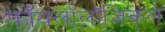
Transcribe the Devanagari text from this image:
फॉयलॉलॉजिकल